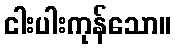
ငါးပါးကုန်သော။